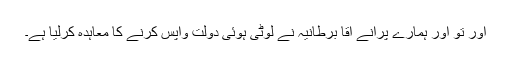
اور تو اور ہمارے پرانے آقا برطانیہ نے لوٹی ہوئی دولت واپس کرنے کا معاہدہ کرلیا ہے۔